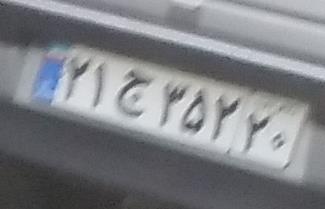
۲۱ج۳۵۲۲۰